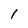
Character: 1